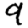
Digit: 9